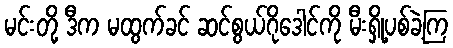
မင်းတို့ ဒီက မထွက်ခင် ဆင်စွယ်ဂိုဒေါင်ကို မီးရှို့ပစ်ခဲ့ကြ